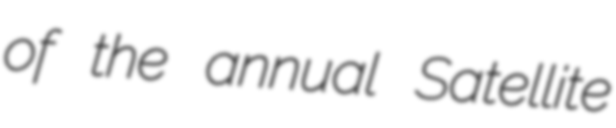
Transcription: of the annual Satellite